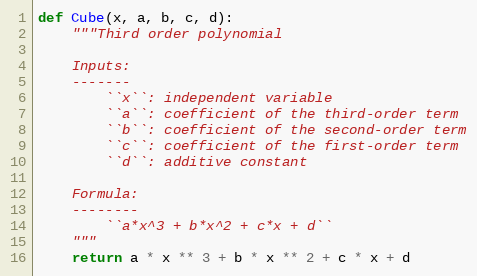
Language: Python
def Cube(x, a, b, c, d):
    """Third order polynomial

    Inputs:
    -------
        ``x``: independent variable
        ``a``: coefficient of the third-order term
        ``b``: coefficient of the second-order term
        ``c``: coefficient of the first-order term
        ``d``: additive constant

    Formula:
    --------
        ``a*x^3 + b*x^2 + c*x + d``
    """
    return a * x ** 3 + b * x ** 2 + c * x + d